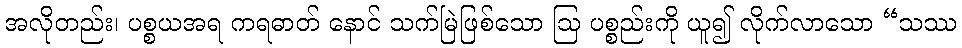
အလိုတည်း၊ ပစ္စယအရ ကရဓာတ် နောင် သက်မြဲဖြစ်သော ဩ ပစ္စည်းကို ယူ၍ လိုက်လာသော “သဿ